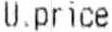
U.PRICE